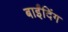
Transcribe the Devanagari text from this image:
बाईंदिंग